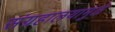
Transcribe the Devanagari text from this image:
संग्रहालयामुळे